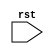
module your_module_name (
    input wire rst,
    // other input and output signals
);

// Declare internal state variables
reg [7:0] internal_state;

// Behavioral modeling block triggered on falling edge of reset signal
always @ (negedge rst) begin
    // Reset or initialize internal state
    internal_state <= 8'b00000000;
end

// Other logic for your module

endmodule